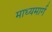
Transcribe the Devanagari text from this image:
माध्यमार्ग